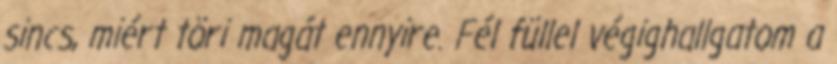
sincs, miért töri magát ennyire. Fél füllel végighallgatom a